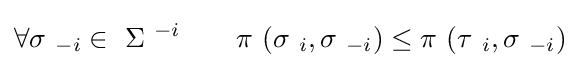
\forall \sigma \ _{-i}\in \ \Sigma \ ^{-i}\quad \quad \pi \ (\sigma \ _{i},\sigma \ _{-i})\leq \pi \ (\tau \ _{i},\sigma \ _{-i})